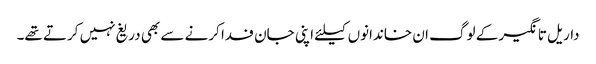
داریل تانگیر کے لوگ ان خاندانوں کیلئے اپنی جان فدا کرنے سے بھی دریغ نہیں کرتے تھے۔